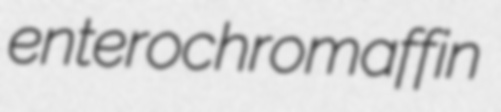
enterochromaffin